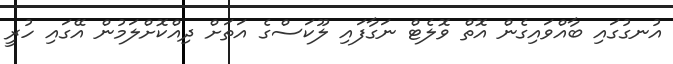
އުނގުގައި ބާއްވައިގެން އޮތް ވޮލެޓް ނަގާފައި ލޫކަސްގެ އަތަށް ދިއްކޮށްލަމުން އޭގައި ހުރީ